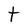
Character: t